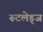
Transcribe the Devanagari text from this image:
रूटलेड्ज